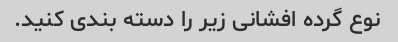
نوع گرده افشانی زیر را دسته بندی کنید.